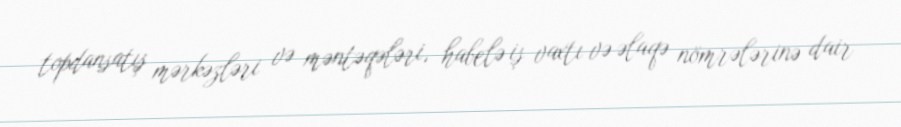
topdansatış mərkəzləri və məntəqələri, habelə iş vaxtı və əlaqə nömrələrinə dair